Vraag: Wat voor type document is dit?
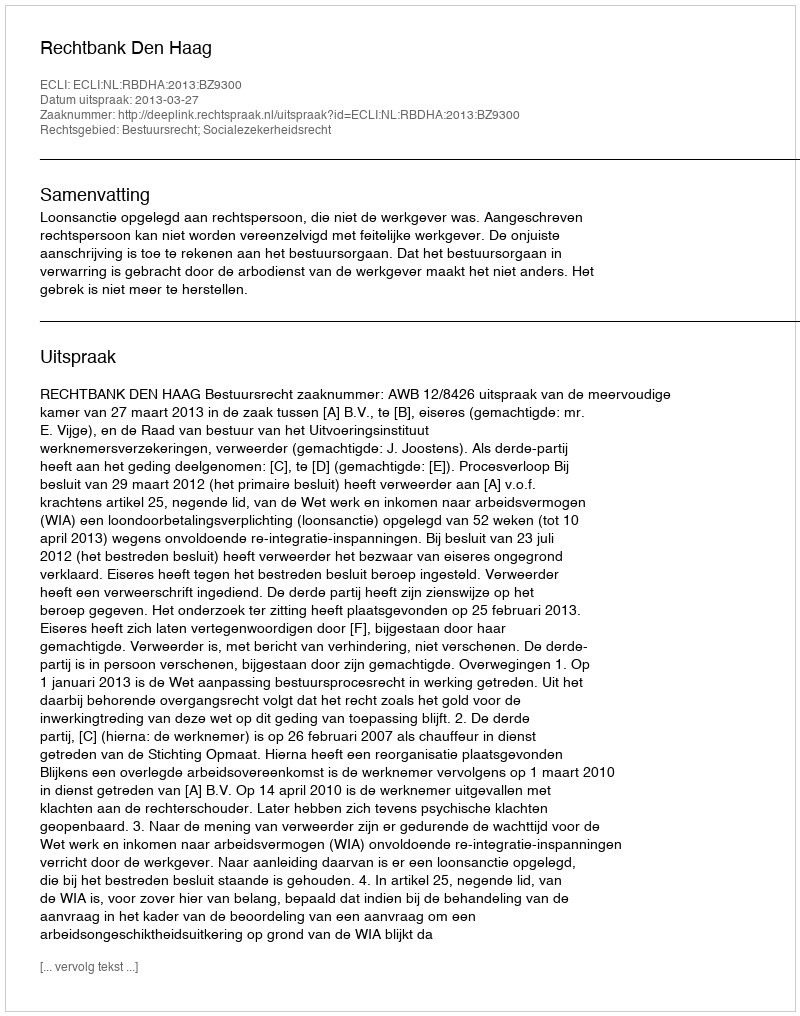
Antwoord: Uitspraak